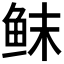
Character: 𱇚